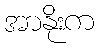
အာနိုးက